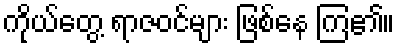
ကိုယ်တွေ့ ရာဇဝင်များ ဖြစ်နေ ကြ၏။